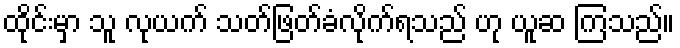
ထိုင်းမှာ သူ လုယက် သတ်ဖြတ်ခံလိုက်ရသည် ဟု ယူဆ ကြသည်။